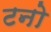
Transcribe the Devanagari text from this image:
टनो